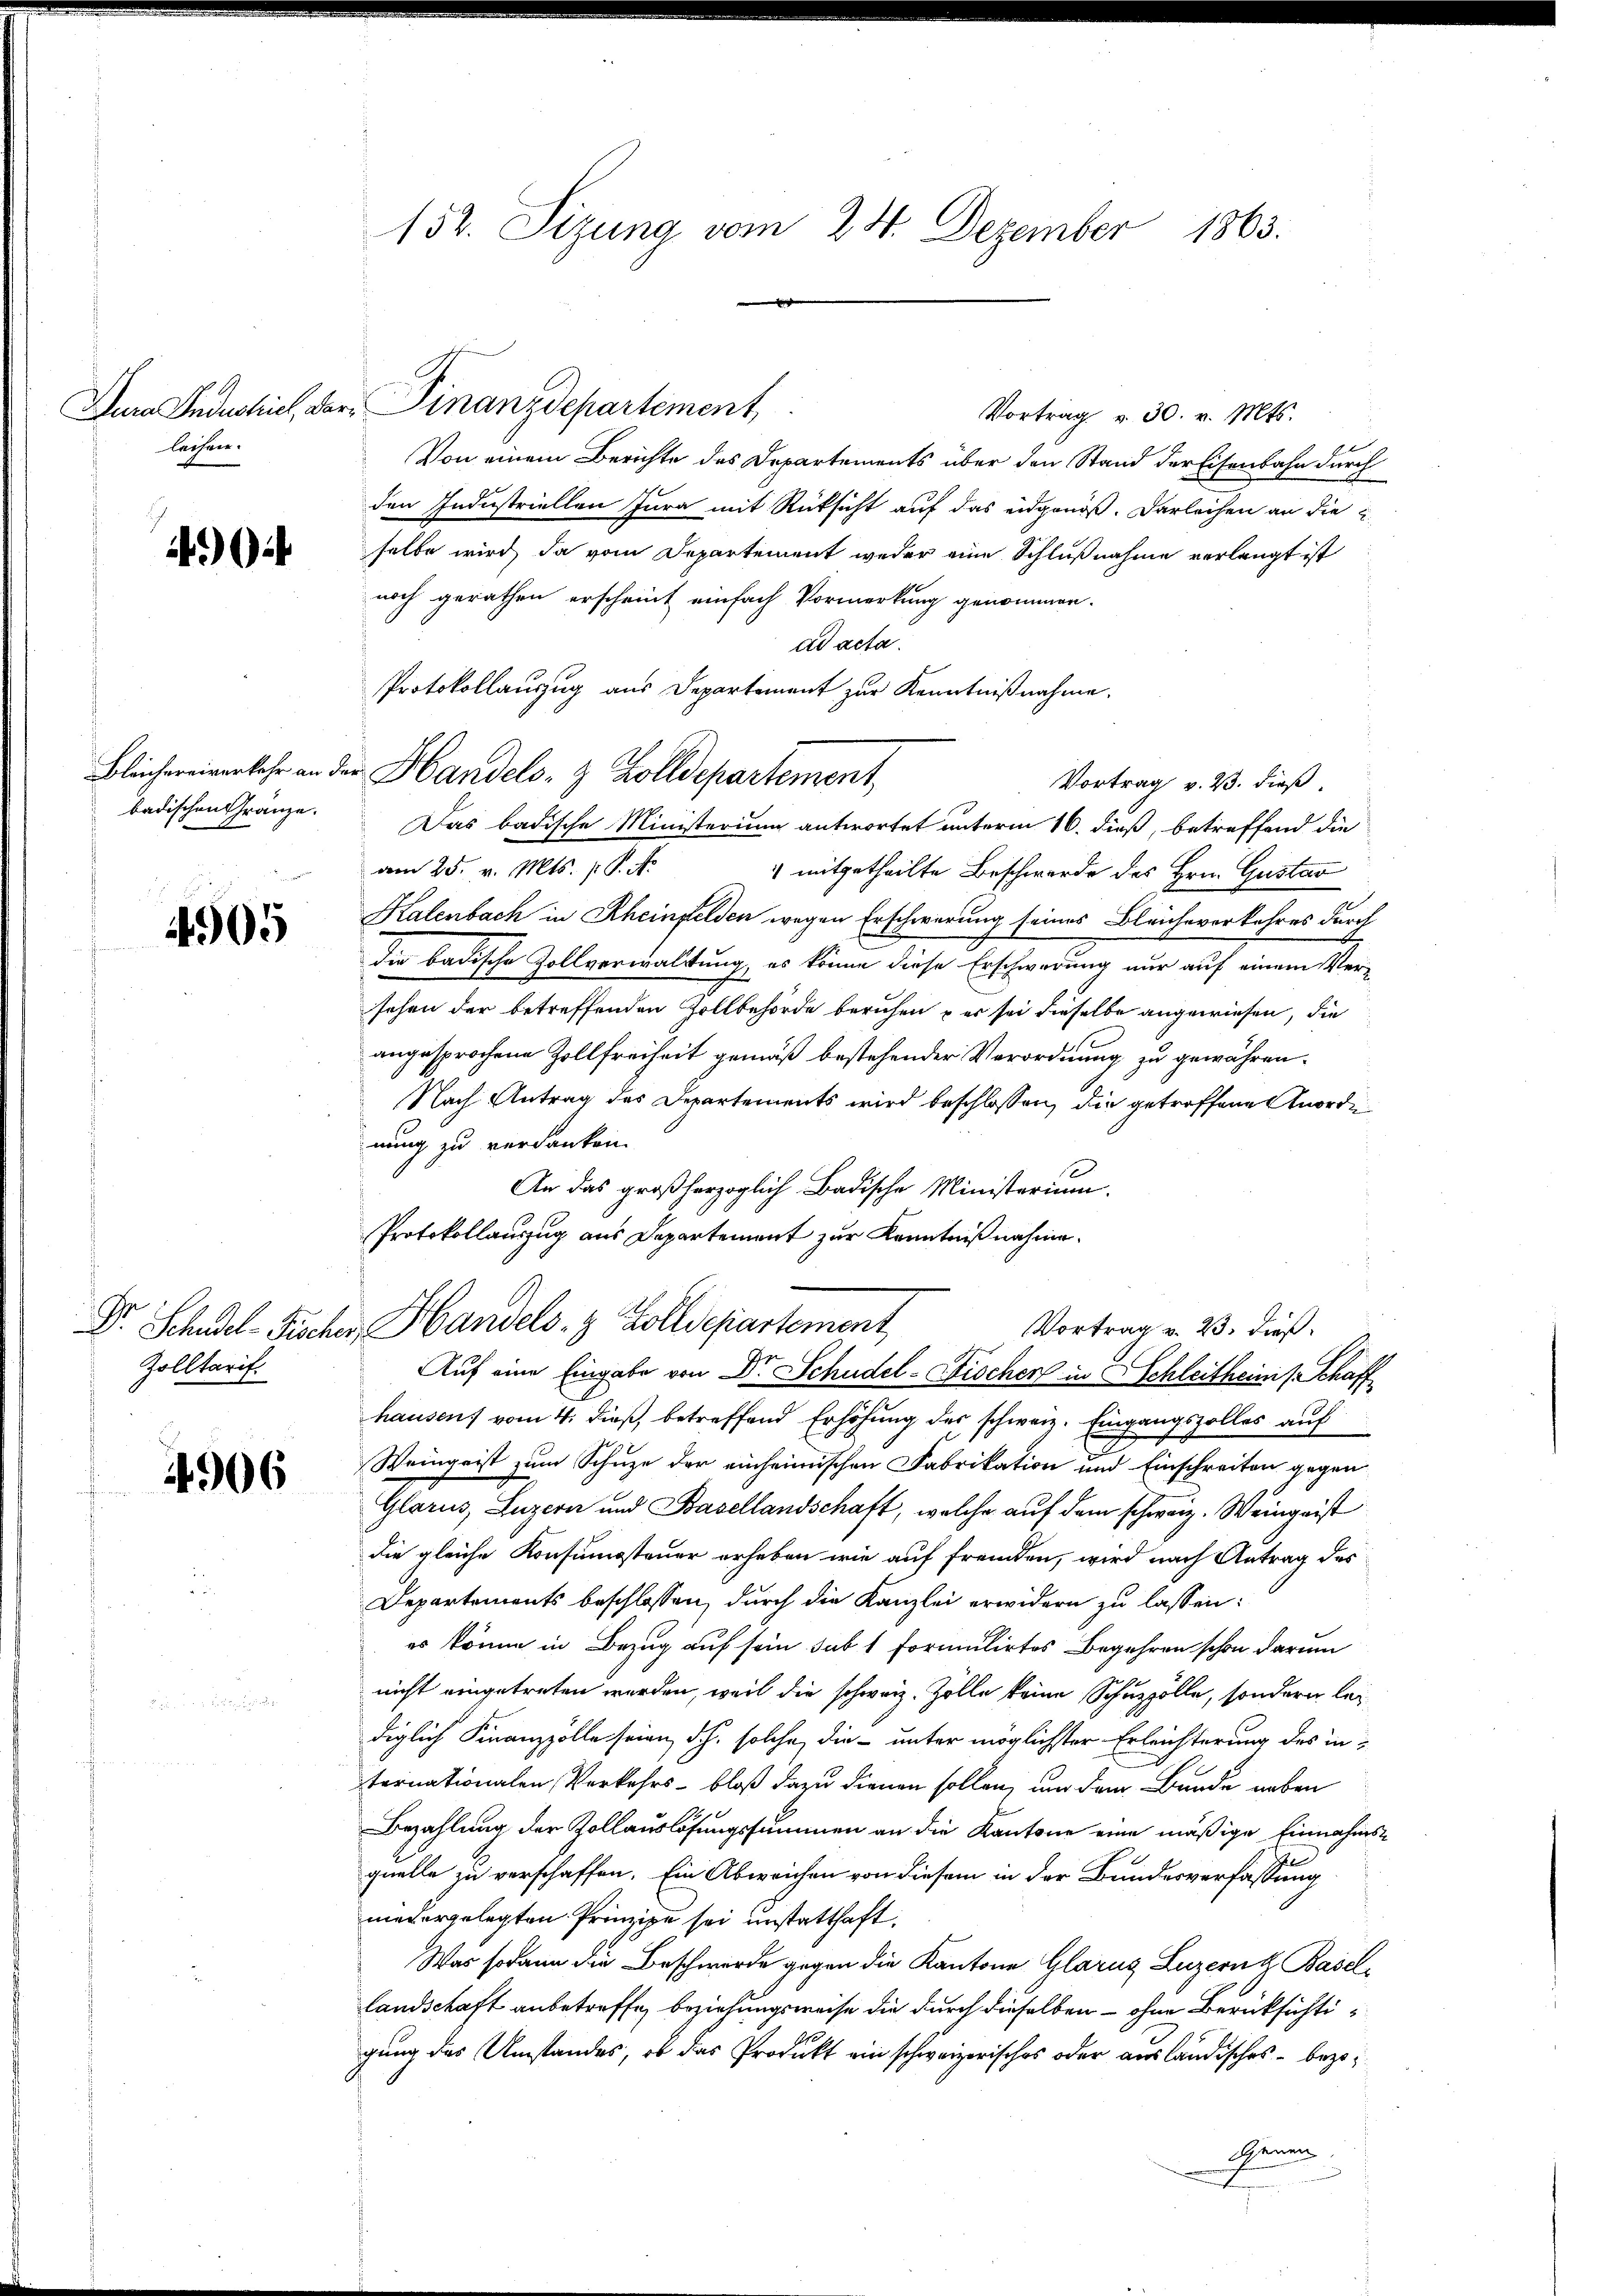
lachen.

4

badischen Gränze.

4905

Zolltarif

4906

152. Sizung vom 24. Dezember 1863.
e

Vortrag v. 30. v. Mts.
Von einem Berichte des Departements über den Stand der Eisenbahn durch
den Industriellen Jura mit Rücksicht auf das eidgenöß. Darleihen an die E
selbe wird, da vom Departement weder eine Schlußnahme verlangt ist
noch gerathen erscheint einfach Vormerkung genommen.
ad acta.
Protokollauszug aus Departement zur Kenntnißnahme.
Bleichereiverkehr an der Handels- & Zolldepartement,
Vortrag v. 23. dieß.
Das badische Ministerium antwortet unterm 16. dieß, betreffend die
am 25. v. Mts. v. J. A.
 mitgetheilte Beschwerde des Hrn. Gustav
Kalenbach in Rheinfelden wegen Erschwerung seines Bleicheverkehres durch
die badische Zollverwaltung, es könne diese Erschwerung nur auf einem Versehen der betreffenden Zollbehörde beruhen u es sei dieselbe angewiesen, die
angesprochene Zollfreiheit gemäß bestehender Verordnung zu gewähren.
Nach Antrag des Departements wird beschlossen, die getroffene Anordne
nung zu verdanken.
An das großherzoglich Badische Ministerium.
Protokollauszug aus Departement zur Kenntnißnahme.
Dr. Schadel-Fischer, Handels- & Zolldepartement
Vortrag v. 23. dieß
Auf eine Eingabe von Dr. Schudel-Fischen in Schleitheimis Schaff
hausen) vom 4. dieß, betreffend Erhöhung der schweiz. Eingangszolles auf
Weingeist zum Schuze der einheimischen Fabrikation und Einschreiten gegen
Glarus, Luzern und Basellandschaft, welche auf dem schweiz. Weingeist
die gleiche Konsumsteuer erheben wie auf fremden, wird nach Antrag des
Departements beschlossen, durch die Kanzlei erwidern zu lassen:
 es könne in Bezug auf sein sub 1 formulirtes Begehren schon darum
nicht eingetreten werden, weil die schweiz. Zolle keine Schuzzölle, sondern lediglich Finanzzolle seien, d.h. solche die unter möglichster Erleichterung des internationalen, Verkehrs- bloß dazu dienen sollen, und dem Bunde neben
Bezahlung der Zollauslösungssummen an die Kantone eine mäßige Einnahmsquelle zu verschaffen. Ein Abweichen von diesem in der Bundesverfassung
niedergelegten Prinzipe sei unstatthaft.
Was sodann die Beschwerde gegen die Kantone Glarus Luzern & Basellandschaft anbetreffe, beziehungsweise die durch dieselben - ohne Berücksichtigung des Umstandes, ob das Produkt ein schweizerisches oder ausländisches — bezoshenen

Dura Industrich, der Finanzdepartement,